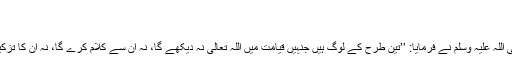
باب اطلاق اسم الکفر علی الطعن 67)
(70) فالتو پانی روک لینا:
ابو ہریرہ رضی اللہ عنہ سے روایت ہے رسول اللہ صلی اللہ علیہ وسلم نے فرمایا: ’’تین طرح کے لوگ ہیں جنہیں قیامت میں اللہ تعالیٰ نہ دیکھے گا، نہ ان سے کلام کرے گا، نہ ان کا تزکیہ کرے گا اور انہیں دردناک عذاب میں مبتلا کرے گا۔